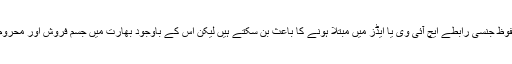
یہ بات واضح ہو چکی ہے کہ بالخصوص جسم فروشوں سے غیر محفوظ جنسی رابطے ایچ آئی وی یا ایڈز میں مبتلا ہونے کا باعث بن سکتے ہیں لیکن اس کے باوجود بھارت میں جسم فروش اور محروم طبقوں سے تعلق رکھنے والے افراد بازار سے کنڈوم نہیں خریدتے۔